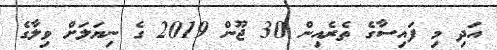
އަދި މި ފައިސާގެ ތެރެއިން 30 ޖޫން 2019 ގެ ނިޔަލަށް ވިލާގެ